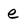
Character: e